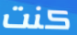
كنت